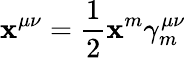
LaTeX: \mathbf{x}^{\mu\nu}=\frac{{1}}{{2}}\mathbf{x}^{m}\gamma_{m}^{\mu\nu}